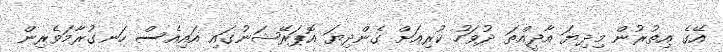
އޭގެ އިތުރުން މިދިޔަ އާދީއްތަ ދުވަހު ކުރިއަށް ގެންދިޔަ އޮޕަރޭޝަނުގައި އައިއެސް ހަނގުރާމަވެރިން